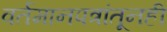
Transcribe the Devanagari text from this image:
वर्तमानपत्रांतूनही